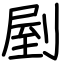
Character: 剭